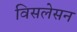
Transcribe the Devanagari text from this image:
विसलेसन